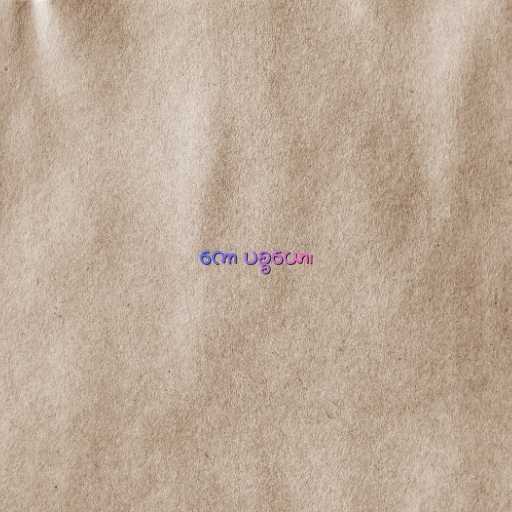
ကော ပစ္စယော၊